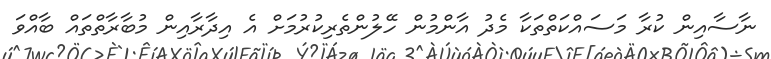
ނާސާއިން ކުރާ މަސައްކަތްތަކާ މެދު އާންމުން ހޭލުންތެރިކުރުމަށް އެ އިދާރާއިން މުބާރާތްތައް ބާއްވަ